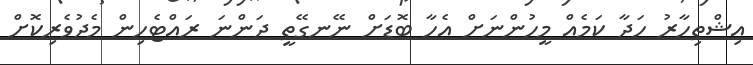
އިޝްތިހާރު ހަދާ ކަމެއް މީހުންނަށް އެހާ ބޮޑަށް ނޭނގޭތީ ދަންނަ ރައްޓެހިން މެދުވެރިކޮށް